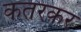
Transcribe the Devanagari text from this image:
कतरकर